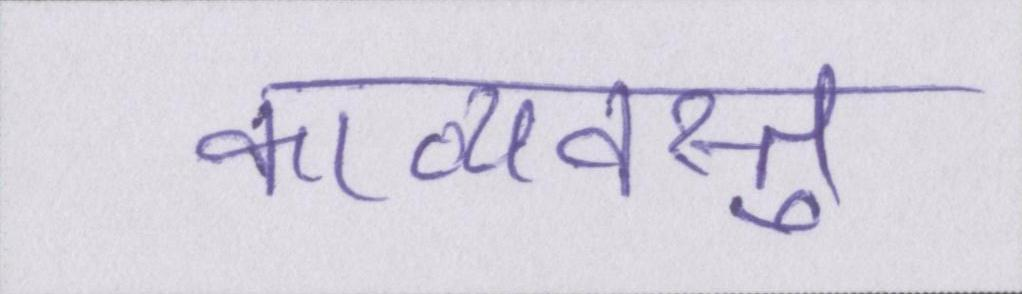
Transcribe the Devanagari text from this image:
काव्यवस्तु